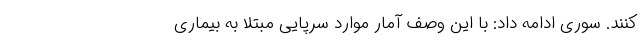
کنند. سوری ادامه داد: با این وصف آمار موارد سرپایی مبتلا به بیماری